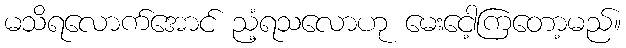
မသိရလောက်အောင် ညံ့ရသလောဟု မေးငေါ့ကြတော့မည်။